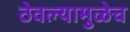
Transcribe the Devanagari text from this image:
ठेवल्यामुळेच